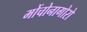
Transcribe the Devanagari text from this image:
मोंचोनागोरो